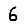
Digit: 6